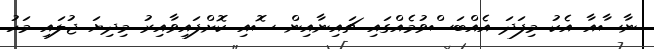
ނާސާއާ އެކު މިފަދަ އެއްބަސްވުމެއްގައި ޗައިނާއިން ސޮއި ކޮށްފައިވާއިރު މިދިޔަ ޖުލައި މަހު